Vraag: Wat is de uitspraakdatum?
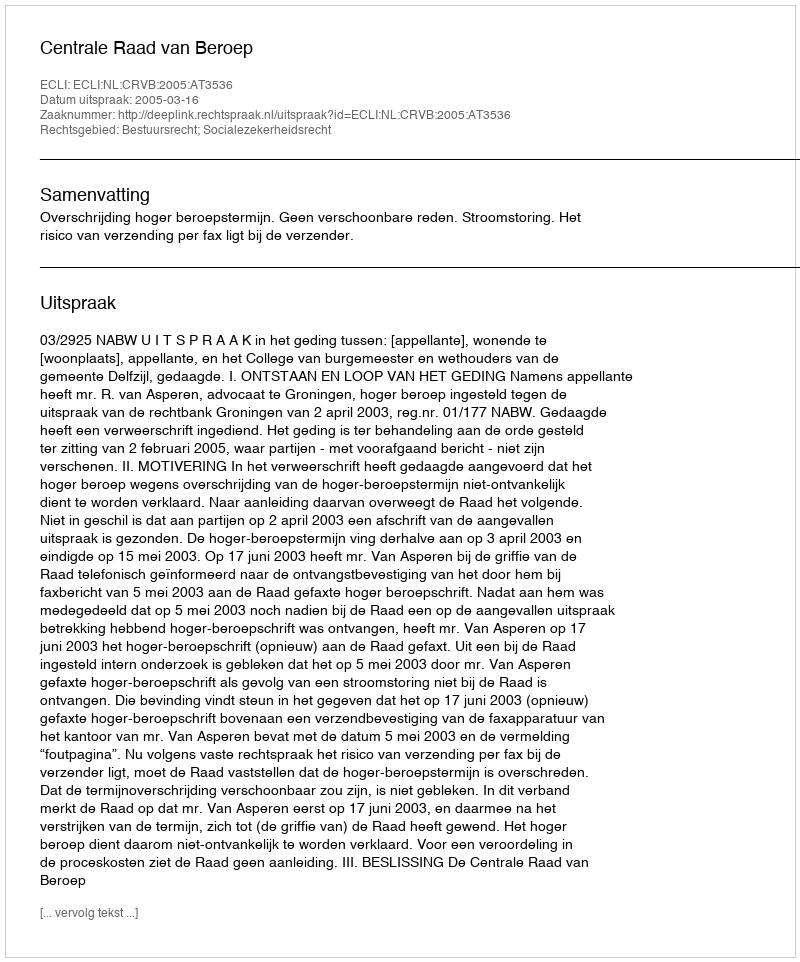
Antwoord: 2005-03-16